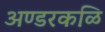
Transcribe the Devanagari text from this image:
अण्डरकळि